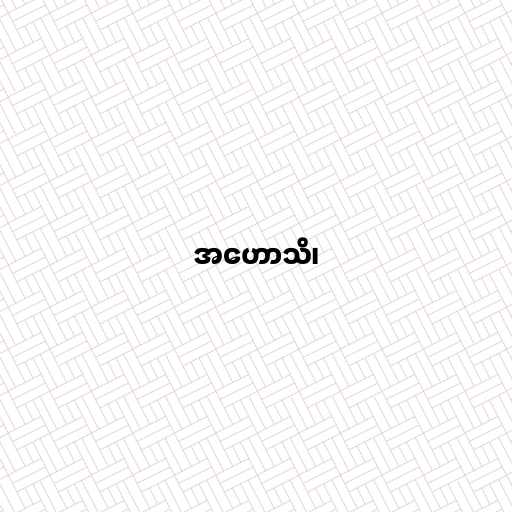
အဟောသိ၊